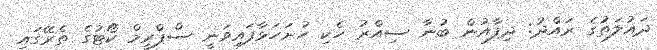
ދައުލަތުގެ ރައްދު: ދިފާއުން ބުނާ ސިއްރު ހެކި ހުށަހަޅާފައިވަނީ ސްޕްރީމް ކޯޓުގެ ތެރޭގައި